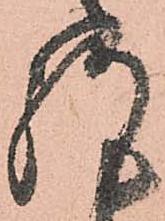
謹